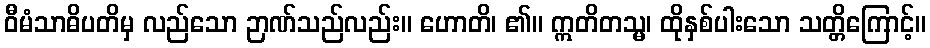
ဝီမံသာဓိပတိမှ လည်သော ဉာဏ်သည်လည်း။ ဟောတိ၊ ၏။ ဣတိတသ္မ၊ ထိုနှစ်ပါးသော သတ္တိကြောင့်။